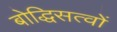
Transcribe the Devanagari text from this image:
बोद्धिसत्वों